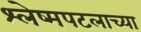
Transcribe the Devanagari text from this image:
श्लेष्मपटलाच्या